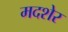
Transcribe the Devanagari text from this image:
मदशेर